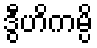
ဒွီဟိကမ္ပိ